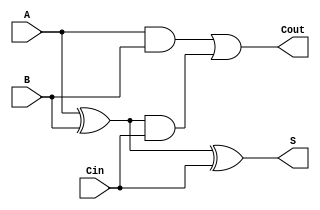
module async_full_adder (
    input wire A,      // First bit input
    input wire B,      // Second bit input
    input wire Cin,    // Carry-in input
    output wire S,     // Sum output
    output wire Cout   // Carry-out output
);

// Intermediate signals
wire AxorB;
wire AxorB_and_Cin;
wire A_and_B;

// Compute the sum (S) using XOR gates
assign AxorB = A ^ B;          // A XOR B
assign S = AxorB ^ Cin;        // (A XOR B) XOR Cin

// Compute the carry-out (Cout) using AND and OR gates
assign A_and_B = A & B;                // A AND B
assign AxorB_and_Cin = AxorB & Cin;    // (A XOR B) AND Cin
assign Cout = A_and_B | AxorB_and_Cin; // (A AND B) OR ((A XOR B) AND Cin)

endmodule